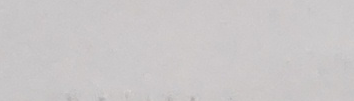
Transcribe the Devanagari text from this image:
त्यो